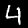
Digit: 4